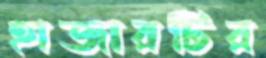
হাজারটির